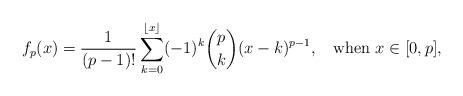
LaTeX: \begin{align*}f_p(x)=\frac{1}{(p-1)!}\sum_{k=0}^{\lfloor x \rfloor}(-1)^k\binom{p}{k}(x-k)^{p-1}, \;\;\mbox{ when $x\in [0,p]$},\end{align*}